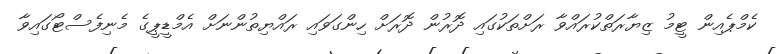
ކެމްޕެއިން ޓީމު ޒިޔާރަތްކުރައްވާ ރަށްތަކުގައި ދޮރުން ދޮރަށް ހިންގަވައި ރައްޔިތުންނަށް އެމްޑީޕީގެ މެނިފެސްޓޯގައިވާ